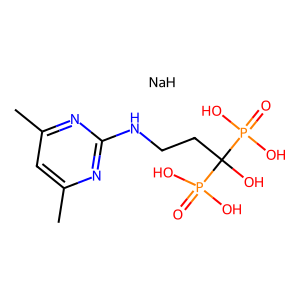
SMILES: Cc1cc(C)nc(NCCC(O)(P(=O)(O)O)P(=O)(O)O)n1.[NaH]
Inhibits HIV replication: No